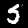
Label: 5